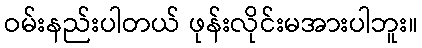
ဝမ်းနည်းပါတယ် ဖုန်းလိုင်းမအားပါဘူး။